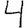
Digit: 4